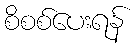
စိစစ်ပေးရန်